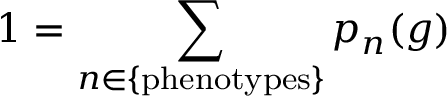
1 = \sum _ { n \in \mathrm { \{ p h e n o t y p e s \} } } p _ { n } ( g )